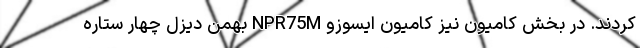
کردند. در بخش کامیون نیز کامیون ایسوزو NPR75M بهمن دیزل چهار ستاره